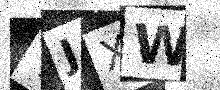
Text: TJXW